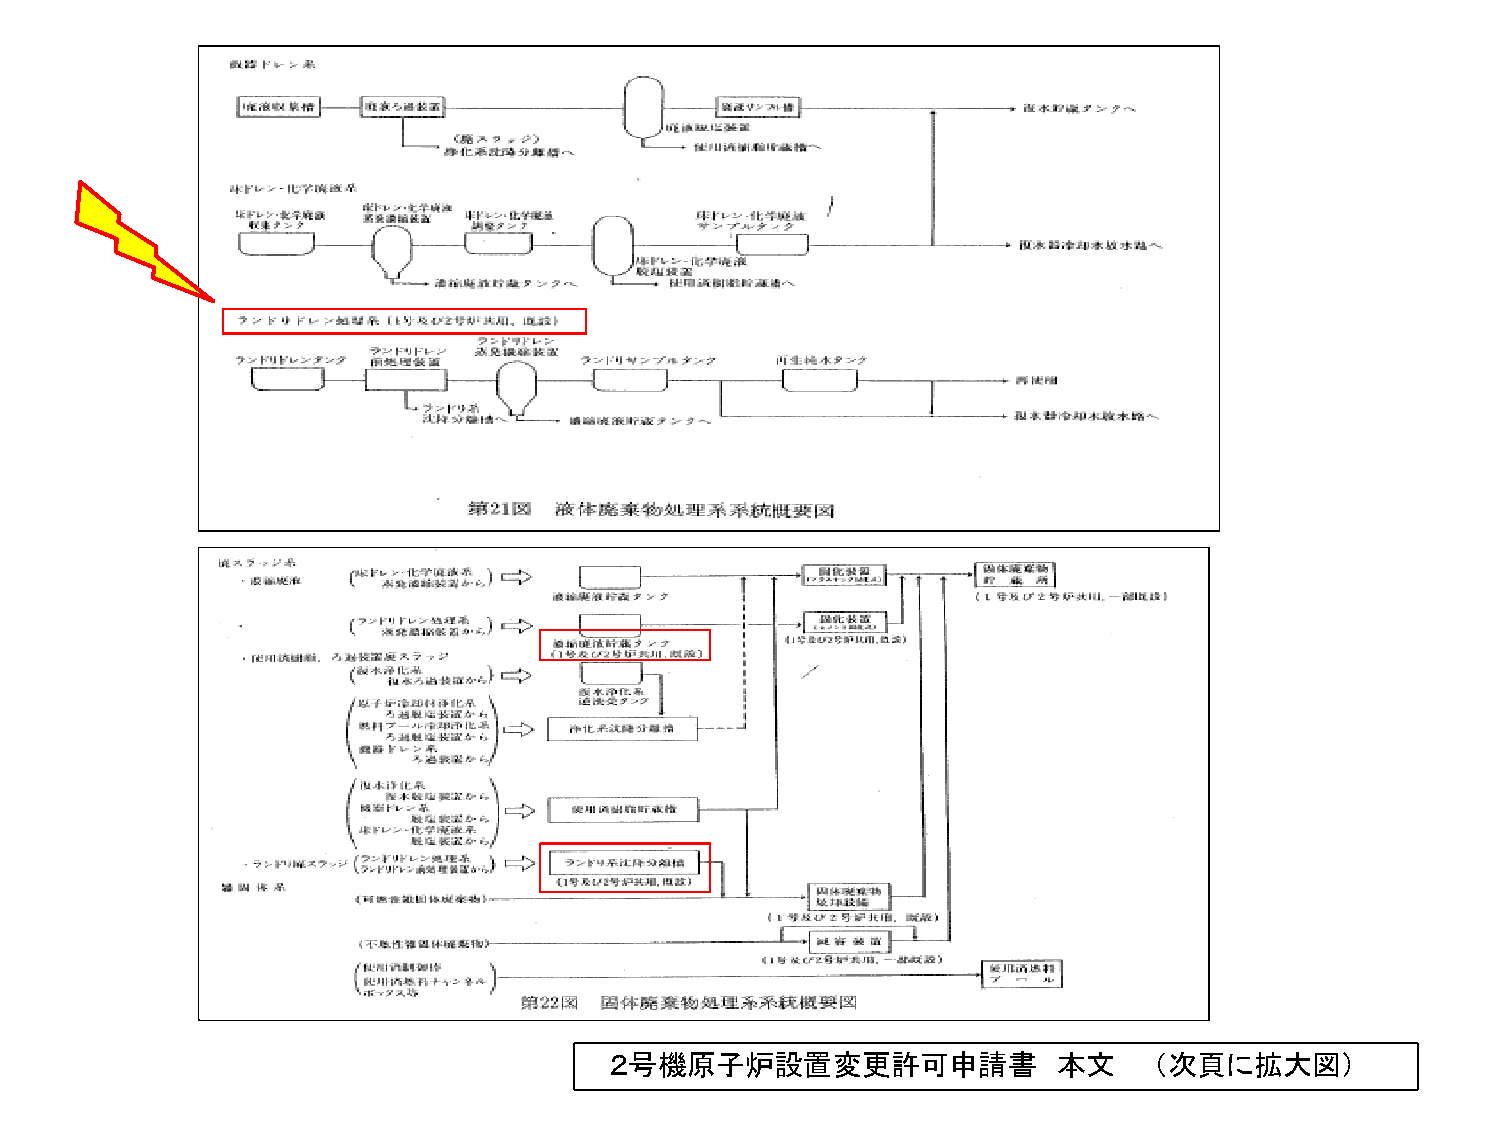
２号機原子炉設置変更許可申請書               本文    （次頁に拡大図）